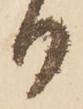
御